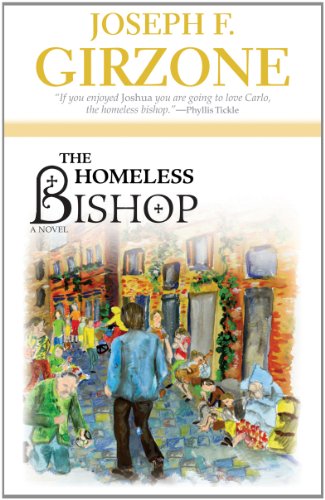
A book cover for The Homeless Bishop; Joseph F. Girzone; Christian Books & Bibles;